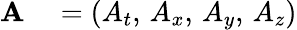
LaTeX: \begin{array}{rl}{\mathbf{A}}&{{}=(A_{t},\, A_{x},\, A_{y},\, A_{z})}\end{array}